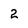
Character: 2